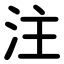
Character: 注